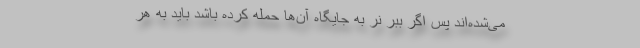
می‌شده‌اند پس اگر ببر نر به جایگاه آن‌ها حمله کرده باشد باید به هر